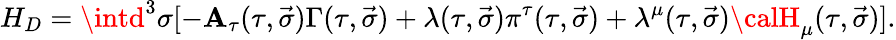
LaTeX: H_{D}=\intd^{3}\sigma[-\mathbf{A}_{\tau}(\tau,\vec{{\sigma}})\Gamma(\tau,\vec{{\sigma}})+\lambda(\tau,\vec{{\sigma}})\pi^{\tau}(\tau,\vec{{\sigma}})+\lambda^{\mu}(\tau,\vec{{\sigma}}){\calH}_{\mu}(\tau,\vec{{\sigma}})].